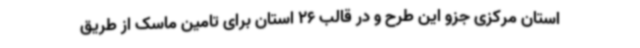
استان مرکزی جزو این طرح و در قالب 26 استان برای تامین ماسک از طریق